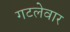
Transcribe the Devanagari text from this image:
गटलेवार